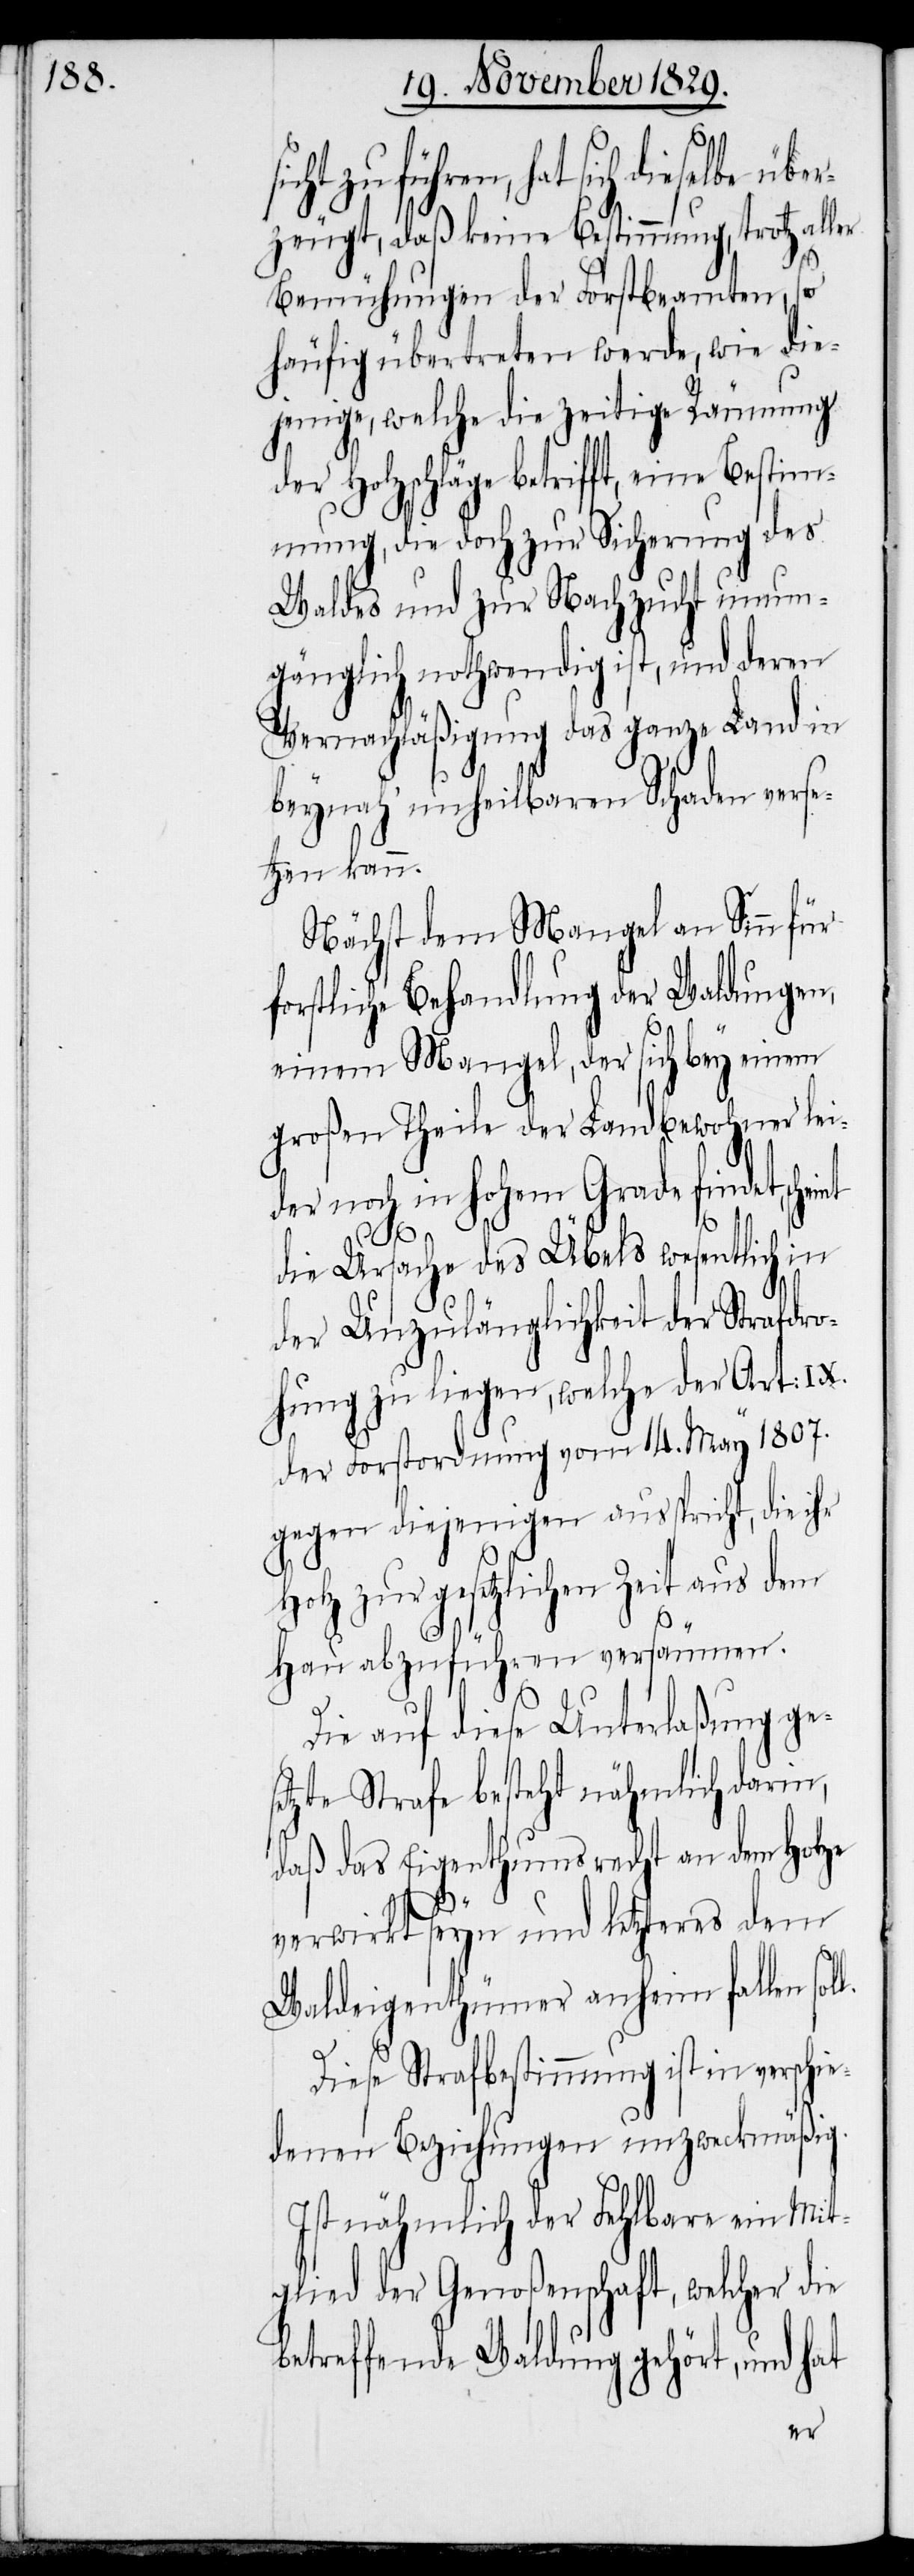
zu führen, hat sich dieselbe übe¬
rzeugt, daß keine Bestimmung, trotz aller
Bemühungen der Forstbeamten, so
häufig übertreten werde, wie die¬
jenige, welche die zeitige Räumung
der Holzschläge betrifft, eine Bestim¬
mung, die doch zur Sicherung des
Waldes und zur Nachzucht unum¬
gänglich nothwendig ist, und deren
Vernachläßigung das ganze Land in
beynah’ unheilbaren Schaden verse¬
tzen kann.
Nächst dem Mangel an Sinn für
forstliche Behandlung der Waldungen,
einem Mangel, der sich bey einem
großen Theile der Landbewohner lei¬
der noch in hohem Grade findet, schei¬
nt
die Ursache des Übels wesentlich in
der Unzulänglichkeit der Strafdro¬
hung zu liegen, welche der Art: XI.
der Forstordnung vom 14. May 1807.
gegen diejenigen ausspricht, die ihr
Holz zur gesetzlichen Zeit aus dem
Hau abzuführen versäumen.
Die auf diese Unterlaßung ge¬
tzte Strafe besteht nähmlich darin,
daß das Eigenthumsrecht an dem Holze
verwirkt seyn und letzteres dem
se¬
Waldeigenthümer anheim fallen
Diese Strafbestimmung ist in verschi¬
edenen Beziehungen unzweckmäßig.
Ist nähmlich der Fehlbare ein Mit¬
glied der Genoßenschaft, welcher die
betreffende Waldung gehört, und hat